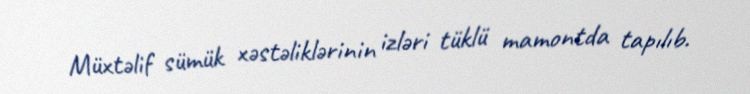
Müxtəlif sümük xəstəliklərinin izləri tüklü mamontda tapılıb.